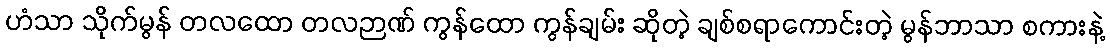
ဟံသာ သိုက်မွန် တလထော တလဉာဏ် ကွန်ထော ကွန်ချမ်း ဆိုတဲ့ ချစ်စရာကောင်းတဲ့ မွန်ဘာသာ စကားနဲ့